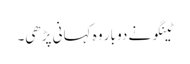
ٹینگو نے دو بار وہ کہانی پڑھی۔